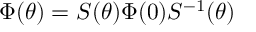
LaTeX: \Phi ( \theta ) = S ( \theta ) \Phi ( 0 ) S ^ { - 1 } ( \theta )